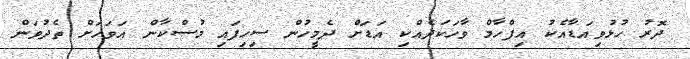
ދޮރު ހުޅުވިއަޑާއެކު އިފްހާމް ވާހަކަދެއްކި އަޑަށް ދެމީހުން ސިހިފައި މުސްކާން އަވަހަށް ތެދުވަން